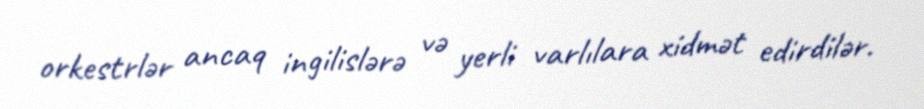
orkestrlər ancaq ingilislərə və yerli varlılara xidmət edirdilər.